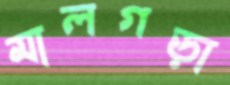
মালগড়া